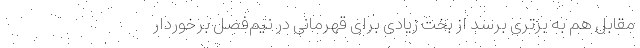
مقابلِ هم به برتری برسد از بخت زیادی برای قهرمانی در نیم‌فصل برخوردار